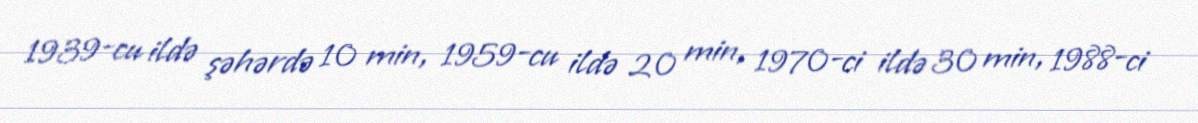
1939-cu ildə şəhərdə 10 min, 1959-cu ildə 20 min, 1970-ci ildə 30 min, 1988-ci